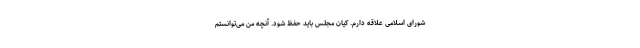
شورای اسلامی علاقه دارم. کیان مجلس باید حفظ شود. آنچه من می‌توانستم